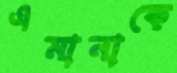
এমানাকে